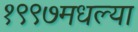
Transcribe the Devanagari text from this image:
१९९७मधल्या